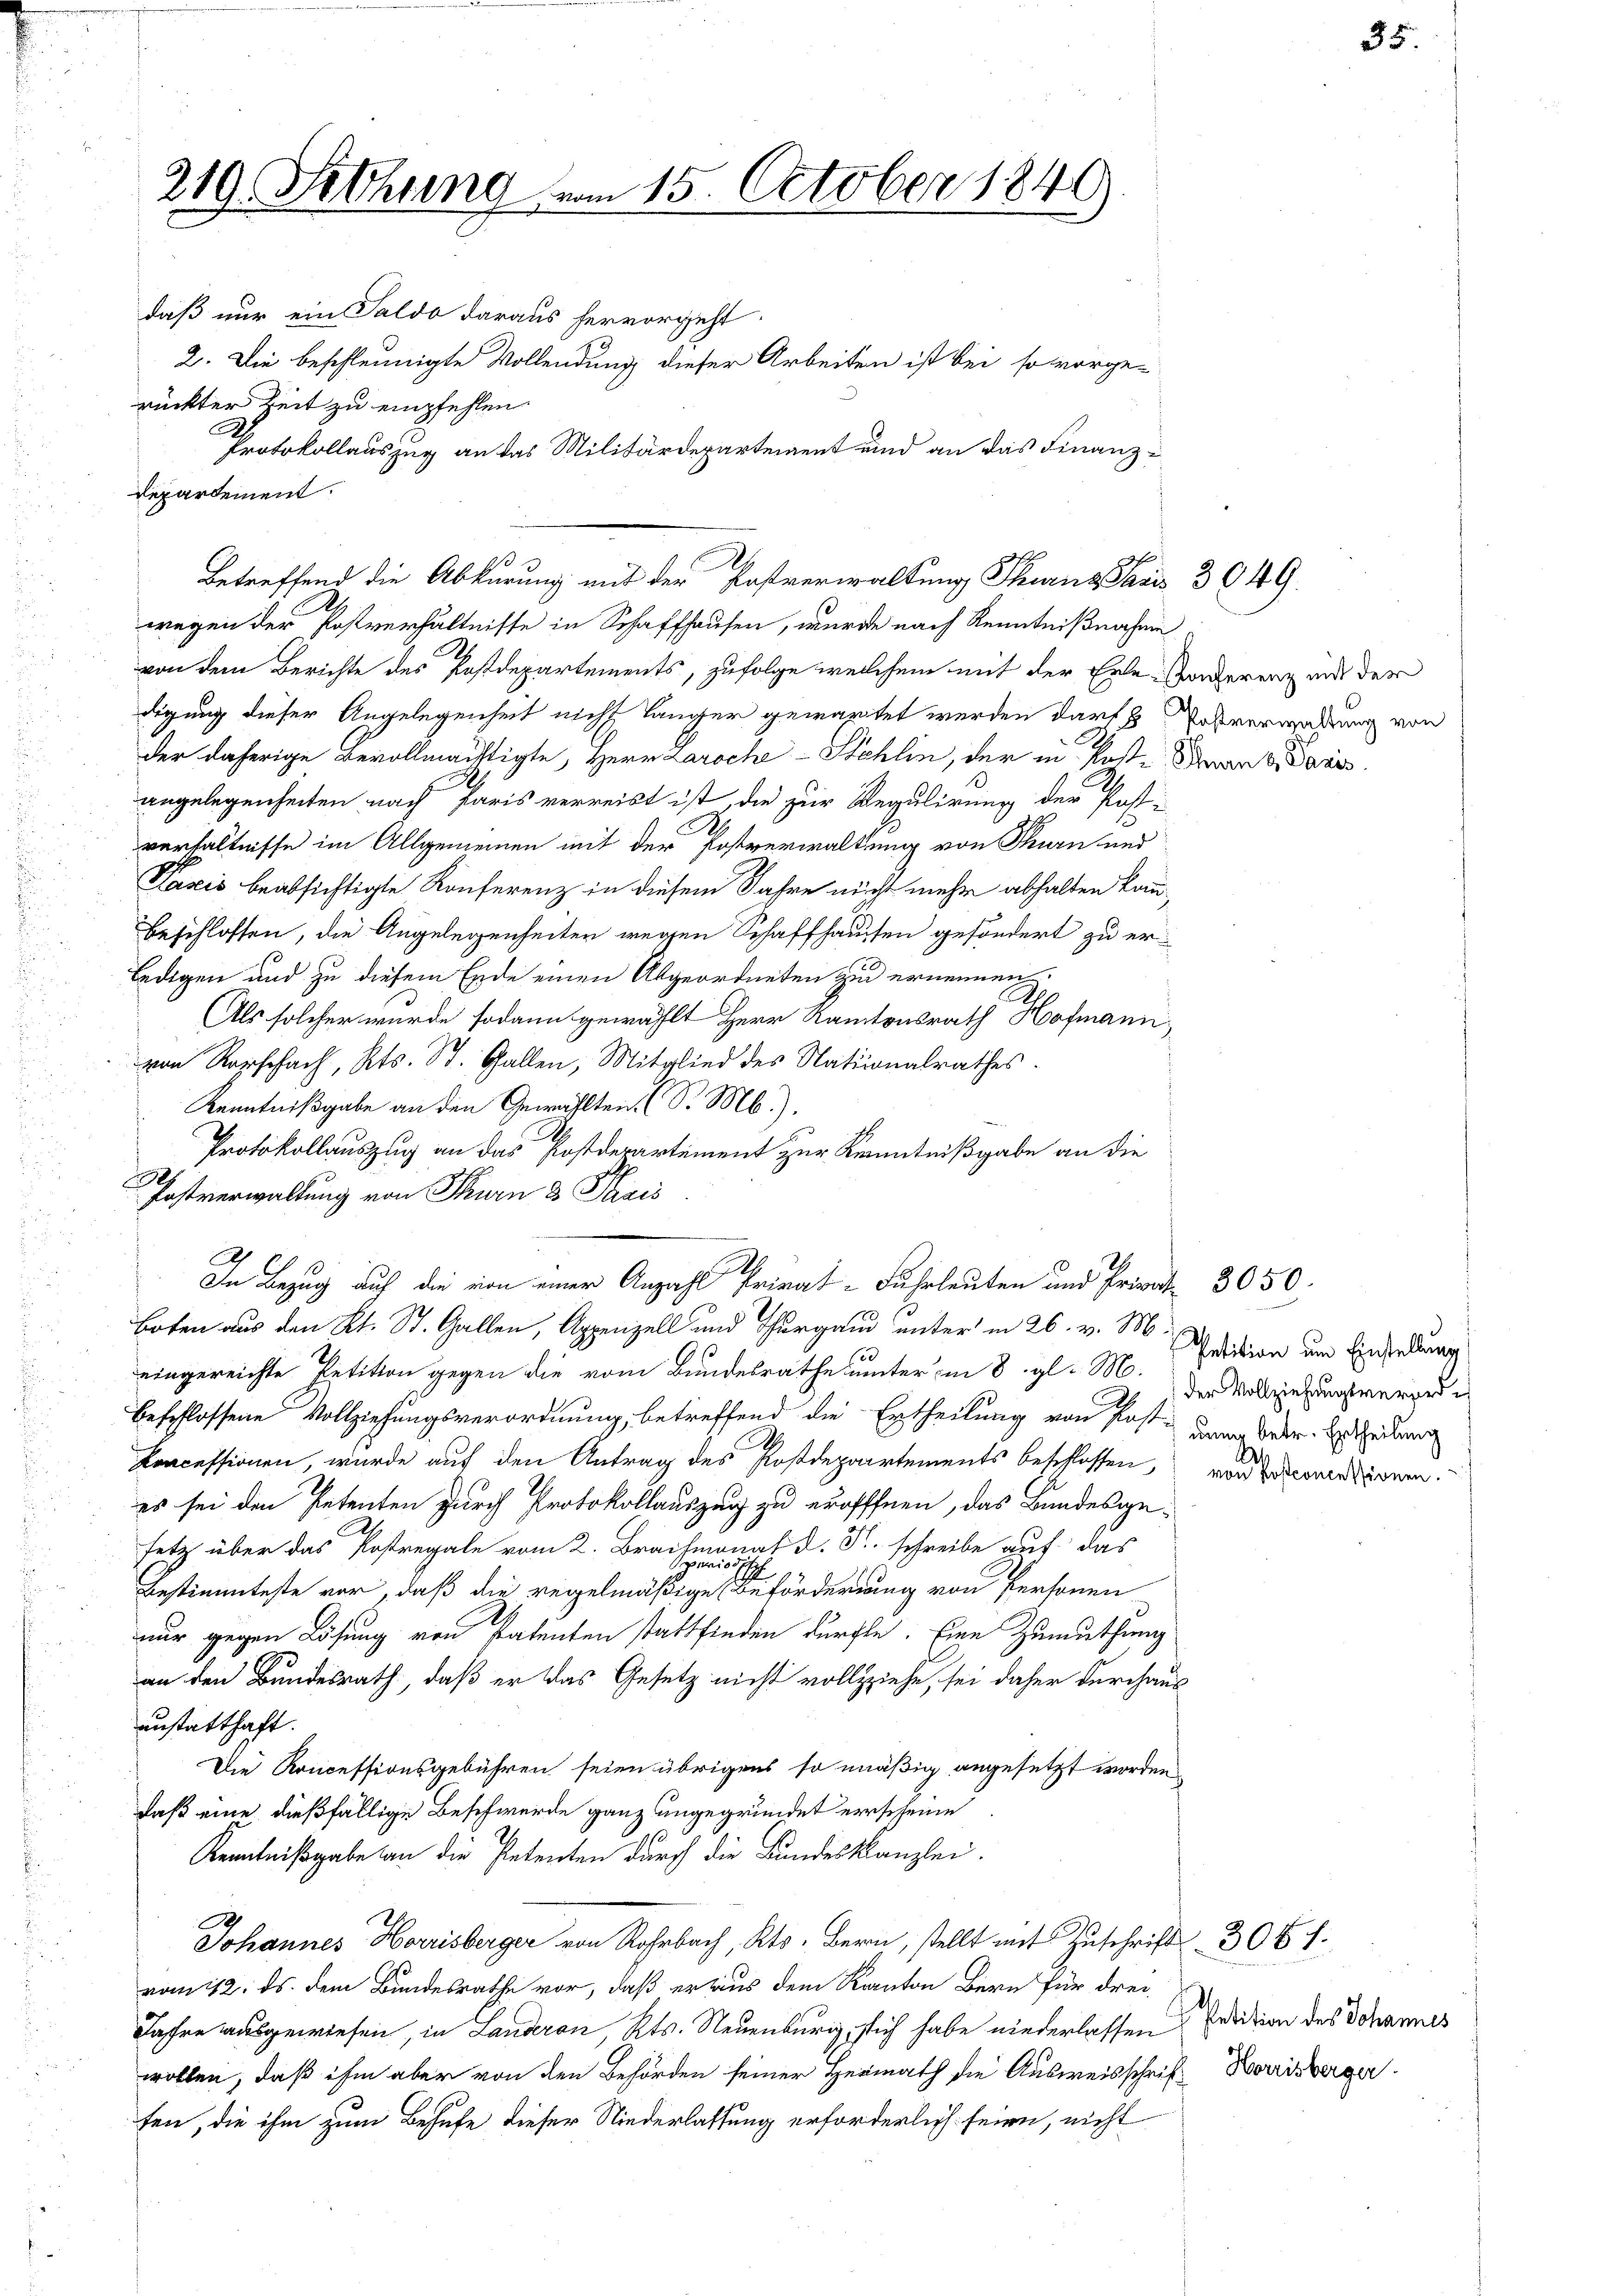
daß nur ein Saldo daraus hervorgeht.
2. Die beschleunigte Vollendung dieser Arbeiten ist bei so vorge-
rückter Zeit zu empfehlen
Protokollauszug an das Militärdepartement und an das Finanz-
departement.
betreffend die Abkürung mit der Postverwaltung Thurns Paris 3049.
.
wegen der Postverhältnisse in Schaffhausen, wurde nach Kenntnißnahme
von dem Berichte des Postdepartements, zufolge welchem mit der Erle-Tonderenz und der
digung dieser Angelegenheit nicht länger gewartet werden darf 8 Postverwaltung von
der daherige Bevollmächtigte, Herr Laroche - Stehlin, der in Post-Brand dann
angelegenheiten nach Paris verreist ist, die zur Regulirung der Post-
c
verhältnisse im Allgemeinen mit der Postverwaltung von Thurn und
Pasis beabsichtigte Konferenz in diesem Jahre nicht mehr abhalten kann,
Beschlossen, die Angelegenheiten wegen Schaffhausen gesondert zu erledigen und zu diesem Ende einen Abgeordneten zu ernennen.
.
Als solcher wurde sodann gewählt Herr Kantonsrath Hofmann
von Rorschach, Kts. St. Gallen, Mitglied des Nationalrathes.
Kenntnißgabe an den Gewählten (S. M.).
Protokollauszug an das Postderartement zur Kenntnißgabe an die
e
Postverwaltung von Thurn 3 Paris
In Bezug auf die von einer Anzahl Privat- Fuhrleuten und Privat 3050
Boten aus den Kt. St. Gallen, Appenzell und Thurgau unter in 26. v. M.
eingereichte Petition gegen die vom Bundesrathe unter in 8. gl. M. Petition um Einzelung
beschlossene Vollziehungsverordnung, betreffend die Ertheilung von Post-Ver. Heding
Koncessionen, wurde auf den Antrag des Postdepartements beschlossen,
es sei den Petenten durch Protokollauszug zu eröfffnen, das Bandesgesetz über das Postregale vom 2. Brachmonat d. S. schreibe auf das
priorisch
Bestimmteste vor, daß die regelmäßige Beförderung von Personen
nur gegen Lösung von Patenten stattfinden dürfte. Eine Zumuthung
an den Bundesrath, daß er das Gesetz nicht vollziehe, sei daher durchaus
unstatthaft.
Die Koncessionsgebühren seien übrigens so mäßig angesetzt worden,
daß eine dießfällige Beschwerde ganz ungegründet erscheine
Kenntnißgabe an die Petenten durch die Bundeskanzlei.
B
Johannes Horrisberger von Rohrbach, Kts. Bern, stellt mit Zuschrift 304 f.
vom 12. ds. dem Bundesrathe vor, daß er aus dem Kanton Bern für drei-
Jahre ausgewiesen, in Landeron, Kts. Neuenburg, sich habe niederlassen
wollen, daß ihm aber von den Behörden seiner Heimath die Ausweisschrift Korrisberger
fen, die ihm zum Behufe dieser Niederlassung erforderlich seien, nicht

219. Setzung vom 15. October 1840

der Vollziehungsverorde
d
von Postconcessionen.

Petition des Johannes